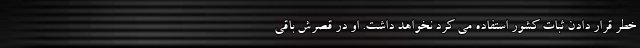
خطر قرار دادن ثبات کشور استفاده می کرد نخواهد داشت. او در قصرش باقی